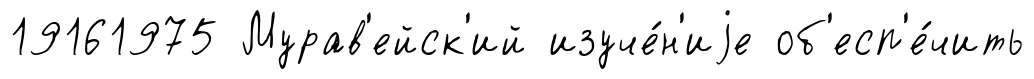
19161975 Мурав'ейск'ий изуче́н'иjе об'есп'е́чить